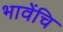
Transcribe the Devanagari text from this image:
भावेंचि